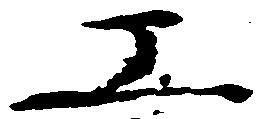
工